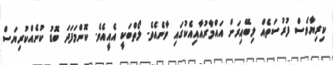
ކިރިޔާވެސް ފުރުސަތެއް ލިބޭއިރަށް އައްމާރުއާއިއެކުގައި ވާނެއެވެ. ލޯތްބަކީ އެއީއެވެ. ކޮންމަފަދަ ބޮޑު ކުށެއްކުރިޔަސް